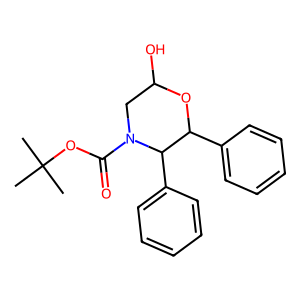
SMILES: CC(C)(C)OC(=O)N1CC(O)OC(c2ccccc2)C1c1ccccc1
Inhibits HIV replication: No